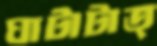
ঘাটাটাত্